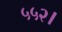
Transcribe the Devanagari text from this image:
५५२।